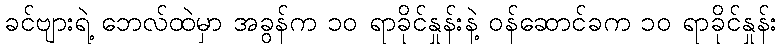
ခင်ဗျားရဲ့ ဘေလ်ထဲမှာ အခွန်က ၁၀ ရာခိုင်နှုန်းနဲ့ ဝန်ဆောင်ခက ၁၀ ရာခိုင်နှုန်း